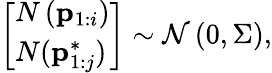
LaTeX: \left[\begin{array}{l}{N\left(\mathbf{p}_{1:i}\right)}\\ {N(\mathbf{p}_{1:j}^{*})}\end{array}\right]\sim\mathcal{N}\left(0,{\Sigma}\right),